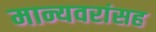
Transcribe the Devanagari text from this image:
मान्यवरांसह